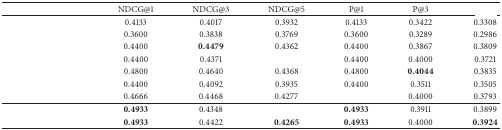
<table><thead><tr><td>[EMPTY_CELL]</td><td><b>NDCG@1</b></td><td><b>NDCG@3</b></td><td><b>NDCG@5</b></td><td><b>P@1</b></td><td><b>P@3</b></td><td>[EMPTY_CELL]</td></tr></thead><tbody><tr><td>[EMPTY_CELL]</td><td>0.4133</td><td>0.4017</td><td>0.3932</td><td>0.4133</td><td>0.3422</td><td>0.3308</td></tr><tr><td>[EMPTY_CELL]</td><td>0.3600</td><td>0.3838</td><td>0.3769</td><td>0.3600</td><td>0.3289</td><td>0.2986</td></tr><tr><td>[EMPTY_CELL]</td><td>0.4400</td><td><b>0.4479</b></td><td>0.4362</td><td>0.4400</td><td>0.3867</td><td>0.3809</td></tr><tr><td>[EMPTY_CELL]</td><td>0.4400</td><td>0.4371</td><td>[EMPTY_CELL]</td><td>0.4400</td><td>0.4000</td><td>0.3721</td></tr><tr><td>[EMPTY_CELL]</td><td>0.4800</td><td>0.4640</td><td>0.4368</td><td>0.4800</td><td><b>0.4044</b></td><td>0.3835</td></tr><tr><td>[EMPTY_CELL]</td><td>0.4400</td><td>0.4092</td><td>0.3935</td><td>0.4400</td><td>0.3511</td><td>0.3505</td></tr><tr><td>[EMPTY_CELL]</td><td>0.4666</td><td>0.4468</td><td>0.4277</td><td>[EMPTY_CELL]</td><td>0.4000</td><td>0.3793</td></tr><tr><td>[EMPTY_CELL]</td><td><b>0.4933</b></td><td>0.4348</td><td>[EMPTY_CELL]</td><td><b>0.4933</b></td><td>0.3911</td><td>0.3899</td></tr><tr><td>[EMPTY_CELL]</td><td><b>0.4933</b></td><td>0.4422</td><td><b>0.4265</b></td><td><b>0.4933</b></td><td>0.4000</td><td><b>0.3924</b></td></tr></tbody></table>